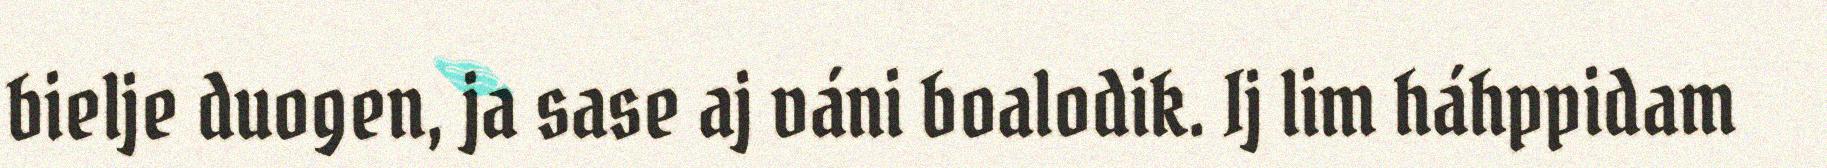
bielje duogen, ja sase aj váni boalodik. Ij lim háhppidam